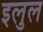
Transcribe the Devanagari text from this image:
इलुल